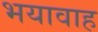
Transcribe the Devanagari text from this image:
भयावाह